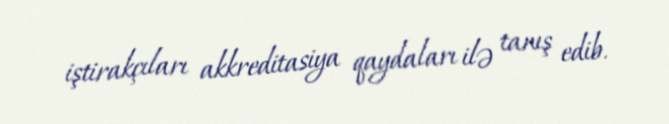
iştirakçıları akkreditasiya qaydaları ilə tanış edib.